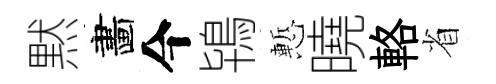
黙畵今鴇慙曉輅省